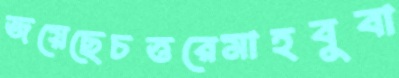
জয়েছেচত্তরেমাহবুবা